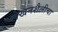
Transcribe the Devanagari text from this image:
लेखनशैलीचा